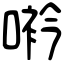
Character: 𠸐